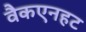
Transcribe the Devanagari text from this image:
वैकएनहट